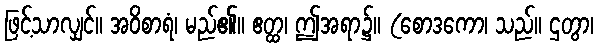
ဖြင့်သာလျှင်။ အဝိစာရံ၊ မည်၏။ ဧတ္ထ၊ ဤအရာ၌။ (စောဒကော၊ သည်။ ဌတွာ၊